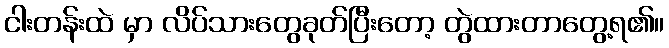
ငါးတန်းထဲ မှာ လိပ်သားတွေခုတ်ပြီးတော့ တွဲထားတာတွေ့ရ၏။